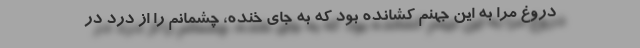
دروغ مرا به این جهنم کشانده بود که به جای خنده، چشمانم را از درد در